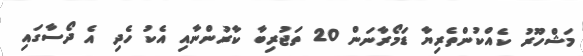
މަޝްހޫރު ކެއްކުންތެރިޔާ ޑަމޯރާނަން 20 ތަޖުރިބާ ކާރުންނާއި އެކު ހެދި އެ ދޯސާގައި